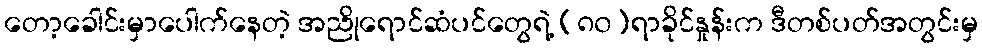
တော့ခေါင်းမှာပေါက်နေတဲ့ အညိုရောင်ဆံပင်တွေရဲ့ (၈၀)ရာခိုင်နှုန်းက ဒီတစ်ပတ်အတွင်းမှ